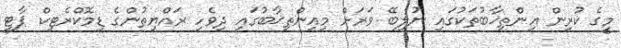
މީގެ ކުރިން އިންތިޚާބުތަކުގައި ނުލިބޭ ވަރަށް މިއިންތިޚާބުގައި ދިވެހި ރައްޔިތުންގެ ޑިމޮކްރެޓިކް ޕާޓީ